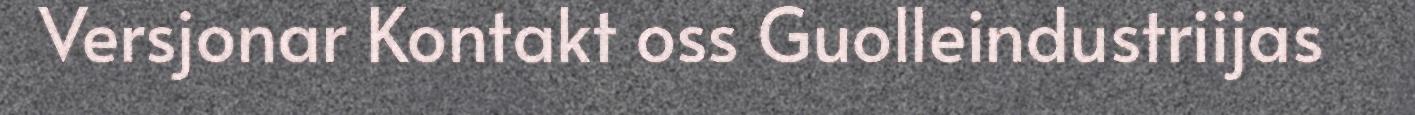
Versjonar Kontakt oss Guolleindustriijas